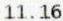
11.16